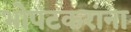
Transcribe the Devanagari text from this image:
भोपटकरांना